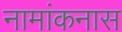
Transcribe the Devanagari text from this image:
नामांकनास